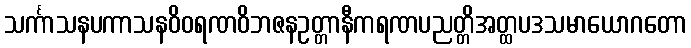
သင်္ကာသနပကာသနဝိဝရဏဝိဘဇနဥတ္တာနီကရဏပညတ္တိအတ္ထပဒသမာယောဂတော